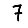
Digit: 7